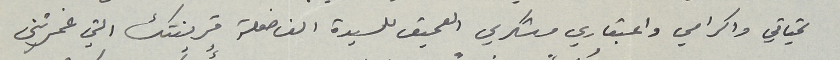
تحياتي واكرامي واعتباري وشكري العميق للسيدة الفاضلة قرينتك التي غمرتني